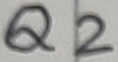
Text: Q2